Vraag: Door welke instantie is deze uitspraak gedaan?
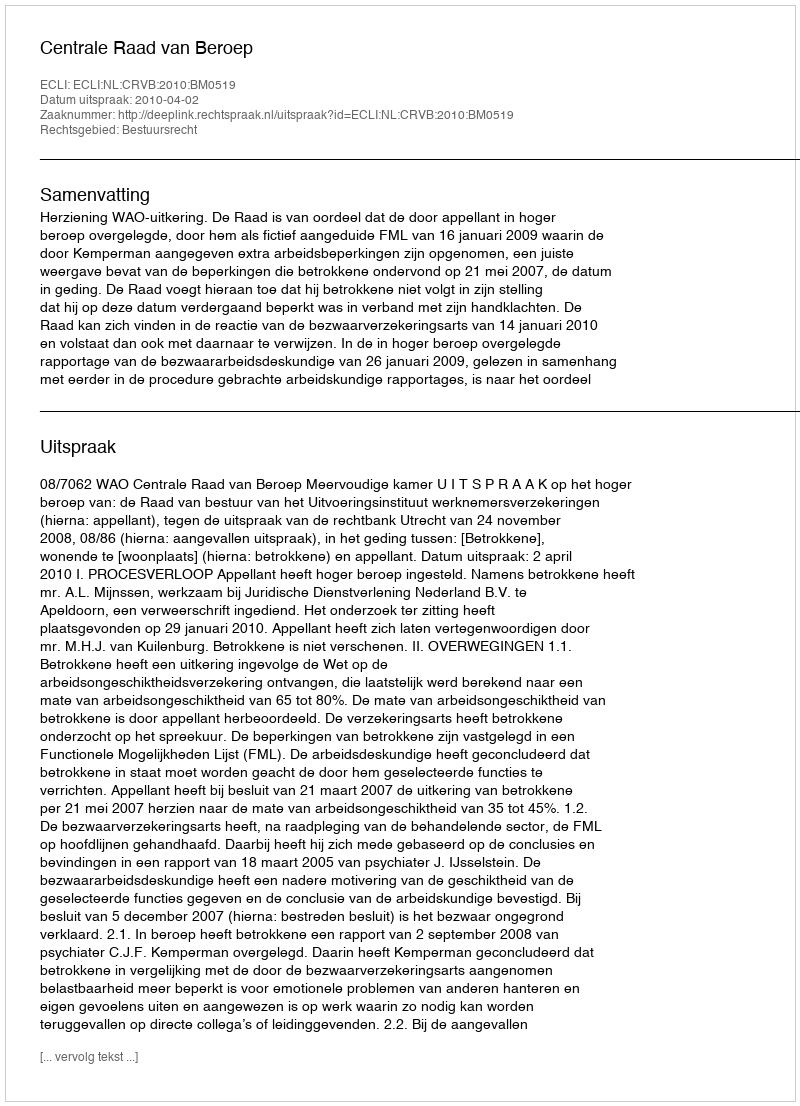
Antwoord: Centrale Raad van Beroep